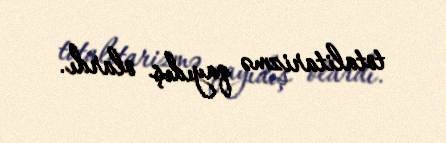
totalitarizmə qayıdış olardı.